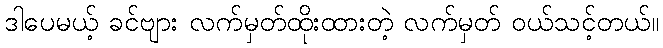
ဒါပေမယ့် ခင်ဗျား လက်မှတ်ထိုးထားတဲ့ လက်မှတ် ဝယ်သင့်တယ်။